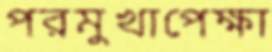
পরমুখাপেক্ষা